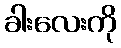
ခါးလေးကို